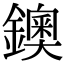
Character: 鐭